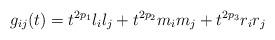
LaTeX: \begin{align*}g_{ij} (t) = t^{2p_1} l_i l_j + t^{2p_2} m_i m_j + t^{2p_3} r_i r_j\end{align*}